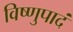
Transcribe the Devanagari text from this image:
विष्णुपादं